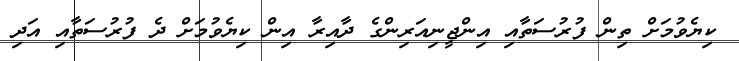
ކިޔެވުމަށް ތިން ފުރުސަތާއި އިންޖީނިއަރިންގެ ދާއިރާ އިން ކިޔެވުމަށް ދެ ފުރުސަތާއި އަދި